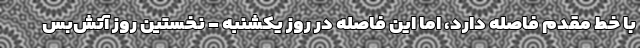
با خط مقدم فاصله دارد، اما این فاصله در روز یکشنبه - نخستین روز آتش‌بس